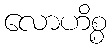
လောဟိစ္စ